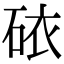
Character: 𥑴